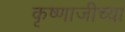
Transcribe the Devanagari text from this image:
कृष्णाजीच्या